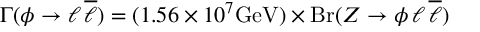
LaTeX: \Gamma ( \phi \to \ell \, \overline { { { \ell } } } ) = ( 1 . 5 6 \times 1 0 ^ { 7 } { \mathrm { G e V } } ) \times \mathrm { B r } ( Z \to \phi \, \ell \, \overline { { { \ell } } } )